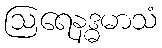
ဩရေနဒ္ဓမာသံ